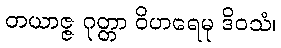
တယာဇ္ဇ ဂုတ္တာ ဝိဟရေမု ဒိဝသံ၊